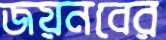
জয়নবের